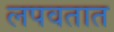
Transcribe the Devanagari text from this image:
लपवतात